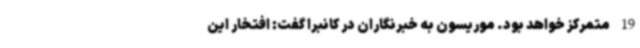
19 متمرکز خواهد بود. موریسون به خبرنگاران در کانبرا گفت: افتخار این